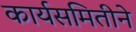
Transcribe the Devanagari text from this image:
कार्यसमितीने